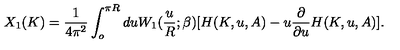
X _ { 1 } ( K ) = \frac { 1 } { 4 \pi ^ { 2 } } \int _ { o } ^ { \pi R } d u W _ { 1 } ( \frac { u } { R } ; \beta ) [ H ( K , u , A ) - u \frac { \partial } { \partial u } H ( K , u , A ) ] .